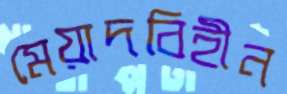
মেয়াদবিহীন